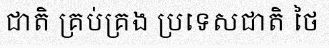
ជាតិ គ្រប់គ្រង ប្រទេសជាតិ ថៃ